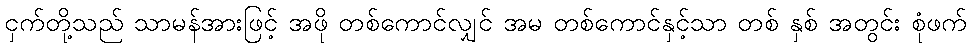
ငှက်တို့သည် သာမန်အားဖြင့် အဖို တစ်ကောင်လျှင် အမ တစ်ကောင်နှင့်သာ တစ် နှစ် အတွင်း စုံဖက်